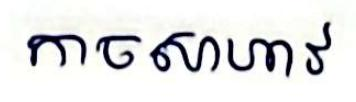
កាចសាហាវ